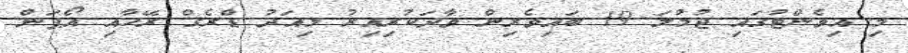
މި އިވެންޓުގައި ޖުމުލަ 19 ބައިވެރިން ވާދަކުރިއިރު މިއަދު ޑްރެގް ރޭހާއި އޯޕަން